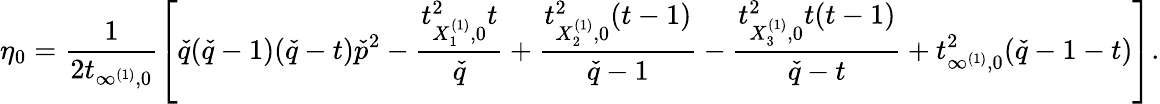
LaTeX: \eta_{0}=\frac{1}{2t_{\infty^{(1)},0}}\left[\check{q}(\check{q}-1)(\check{q}-t)\check{p}^{2}-\frac{t_{X_{1}^{(1)},0}^{2}t}{\check{q}}+\frac{t_{X_{2}^{(1)},0}^{2}(t-1)}{\check{q}-1}-\frac{t_{X_{3}^{(1)},0}^{2}t(t-1)}{\check{q}-t}+t_{\infty^{(1)},0}^{2}(\check{q}-1-t)\right].